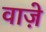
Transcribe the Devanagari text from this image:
वाजे़